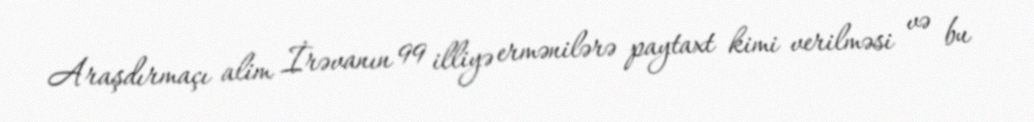
Araşdırmaçı alim İrəvanın 99 illiyə ermənilərə paytaxt kimi verilməsi və bu